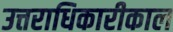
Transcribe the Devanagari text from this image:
उत्तराधिकारीकाल